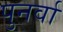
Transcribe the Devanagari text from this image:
पुनर्वा